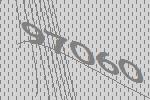
97060